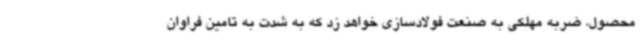
محصول، ضربه مهلکی به صنعت فولادسازی خواهد زد که به شدت به تامین فراوان